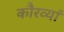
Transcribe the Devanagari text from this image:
कौरव्यां